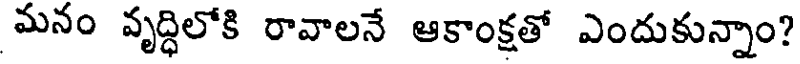
మనం వృద్ధిలోకి రావాలనే ఆకాంక్షతో ఎందుకున్నాం?